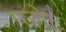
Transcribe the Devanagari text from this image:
पजेट